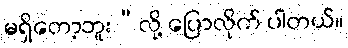
မရှိတော့ဘူး”လို့ ပြောလိုက် ပါတယ်။